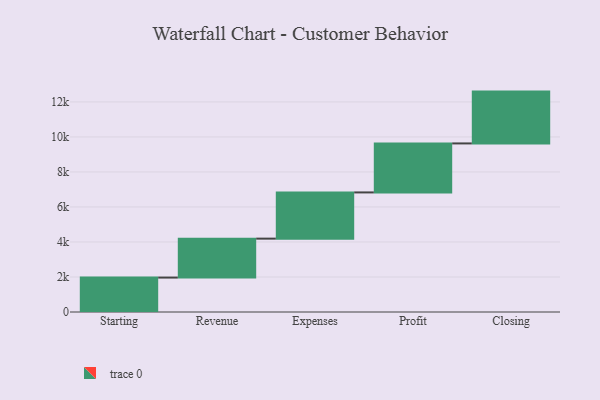
{"axis": {"x": "Step", "y": "Value"}, "legend": [""], "data": [{"x": "Starting", "y": 1967.0, "type": ""}, {"x": "Revenue", "y": 2224.0, "type": ""}, {"x": "Expenses", "y": 2640.0, "type": ""}, {"x": "Profit", "y": 2799.0, "type": ""}, {"x": "Closing", "y": 2960.0, "type": ""}]}